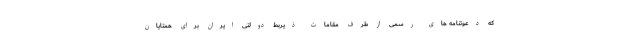
که دعوتنامه های رسمی از طرف مقامات ذیربط دولتی ایران برای همتایان